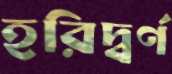
হরিদ্বর্ণ